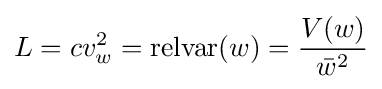
L=cv_{w}^{2}={\text{relvar}}(w)={\frac {V(w)}{{\bar {w}}^{2}}}